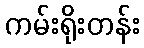
ကမ်းရိုးတန်း